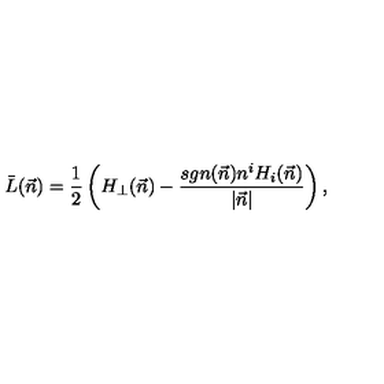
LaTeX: \bar { L } ( \vec { n } ) = \frac { 1 } { 2 } \left( H _ { \perp } ( \vec { n } ) - \frac { s g n ( \vec { n } ) n ^ { i } H _ { i } ( \vec { n } ) } { | \vec { n } | } \right) ,